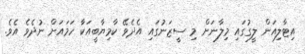
އިޓާލިއަން ލީގުގައި މިލާނަށް މި ސީޒަނުގައި އެދެވޭ ކާމިޔާބީއަކާ ހަމައަށް ނުދެވެ އެވެ.